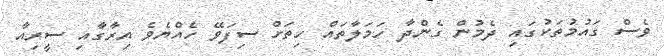
ވެސް ގައުމުތަކުގައި ދެމުން ގެންދާ ހަމަލާތައް ހިތަށް ސިފަވޭ ހެއްޔެވެ އިރާގާއި ސީރިއާ